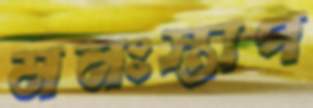
মনঃস্তাপ